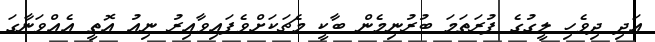
އަދި ދިވެހި ލީގުގެ ފުރަތަމަ ބުރުނިމެން ބާކީ މެޗަކަށްވެފައިވާއިރު ނިއު އޮތީ އެއްވަނާގަ